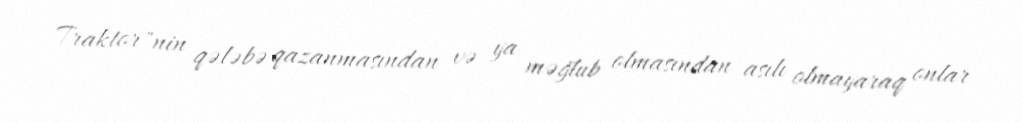
Traktor"nin qələbə qazanmasından və ya məğlub olmasından asılı olmayaraq onlar